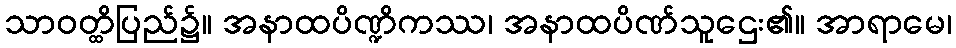
သာဝတ္ထိပြည်၌။ အနာထပိဏ္ဍိကဿ၊ အနာထပိဏ်သူဌေး၏။ အာရာမေ၊